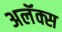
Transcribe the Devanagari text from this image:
अलॅक्स